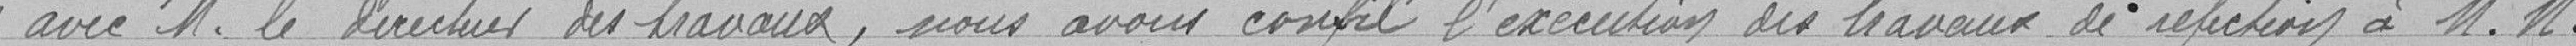
avec M. le directeur des travaux, nous avons confié l'exécution des travaux de réfection à MM.